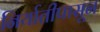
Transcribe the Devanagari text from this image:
निर्यातीपासून